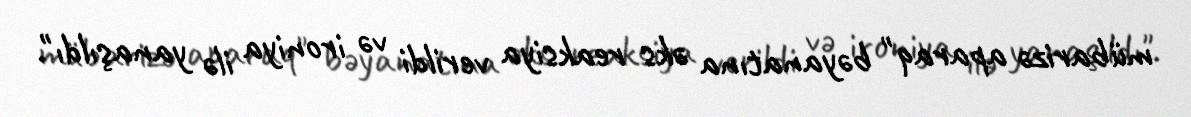
mübarizə aparaq" bəyanatına əks reaksiya verildi və ironiya ilə yanaşıldı".